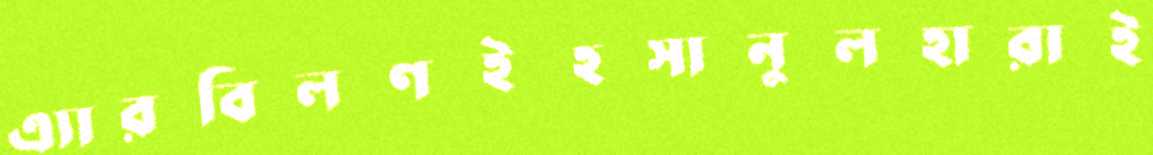
এ্যারবিলণইহসানুলহারাই